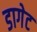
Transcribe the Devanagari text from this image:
डागेट